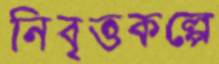
নিবৃত্তকল্পে